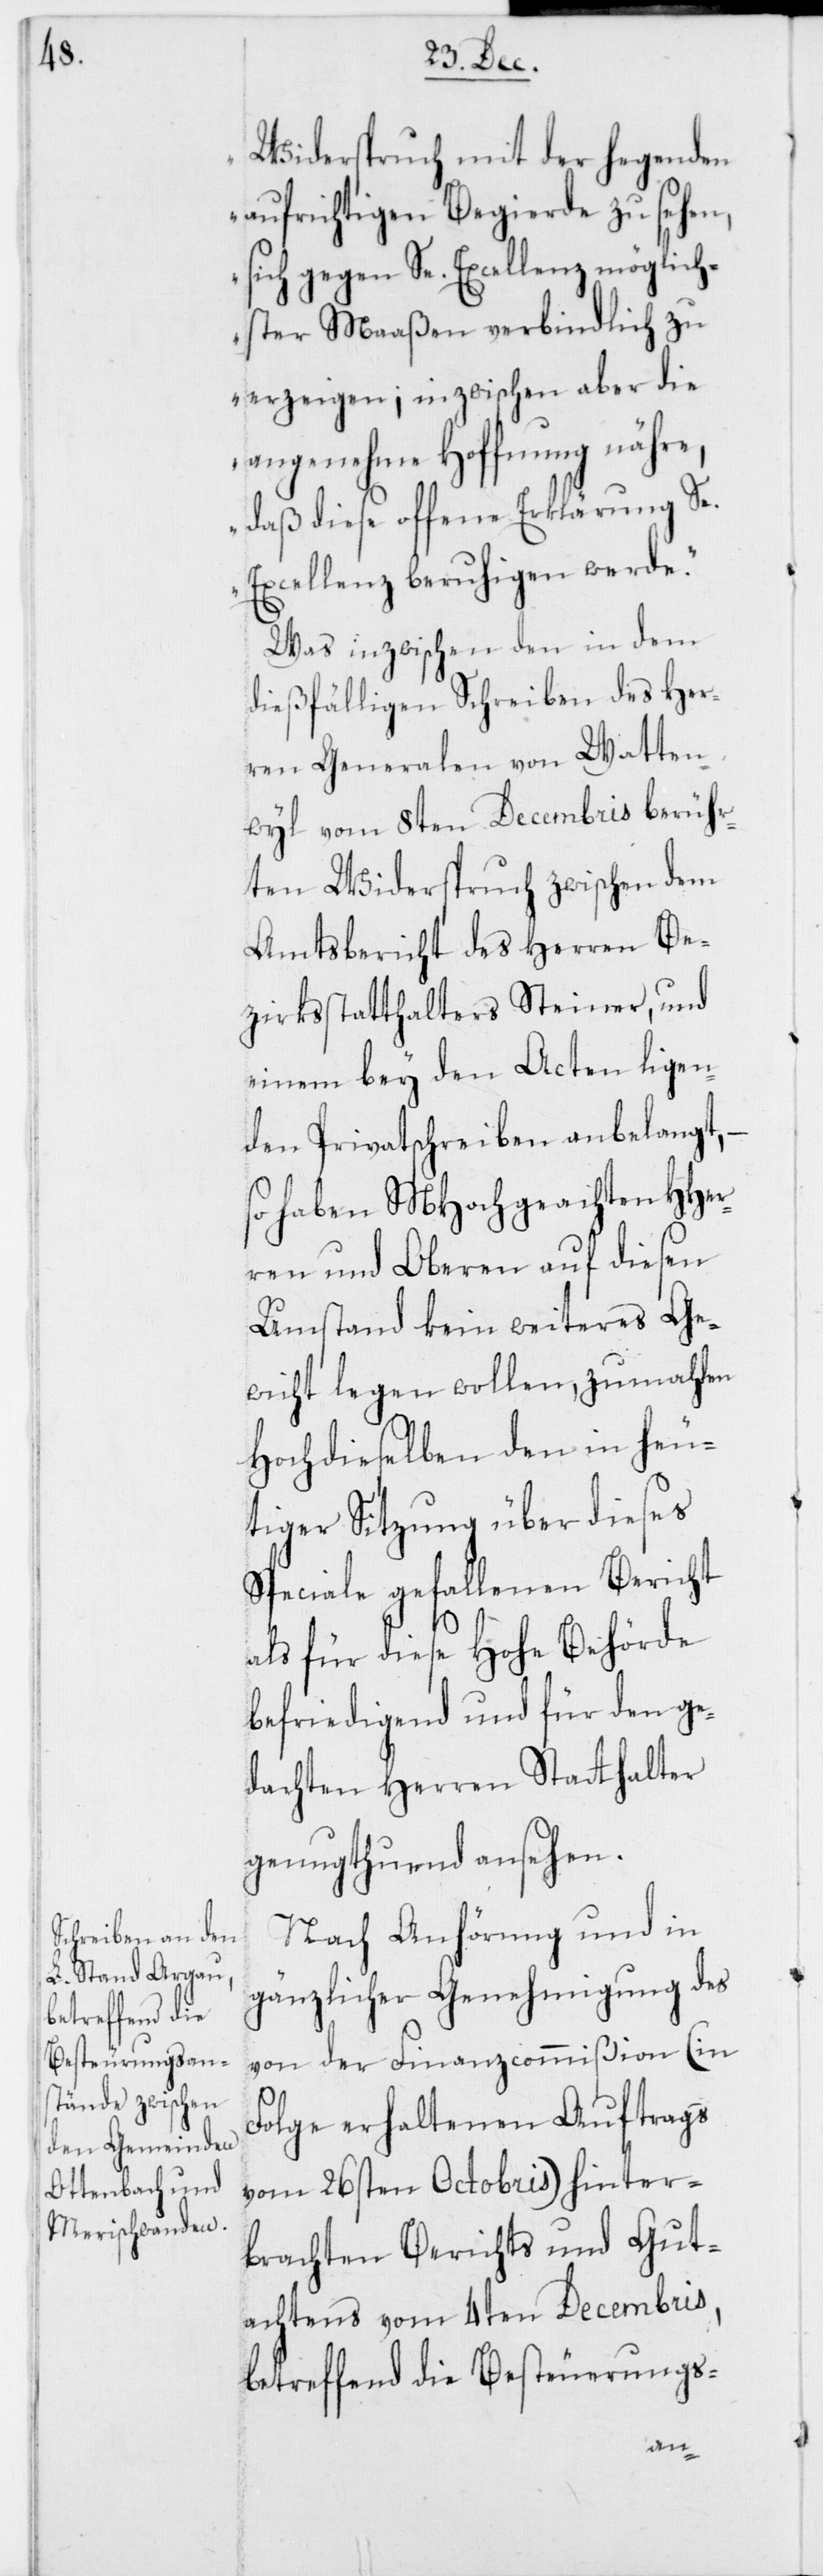
Widerspruch mit der hegenden
aufrichtigen Begierde zu sehen,
sich gegen Se. Excellenz möglich¬
ster Maaßen verbindlich zu
erzeigen; inzwischen aber die
angenehme Hoffnung nähre,
daß diese offene Erklärung Se.
Excellenz beruhigen werde.“
Was inzwischen den in dem
dießfälligen Schreiben des Her¬
ren Generalen von Watten¬
wyl vom 8ten Decembris berühr¬
ten Widerspruch zwischen dem
Amtsbericht des Herren Be¬
zirksstatthalters Steiner, und
einem bey den Acten ligen¬
den Privatschreiben anbelangt, –
so haben MHochgeachten HHer¬
ren und Oberen auf diesen
Umstand kein weiteres Ge¬
wicht legen wollen, zumahlen
Hochdieselben den in heu¬
tiger Sitzung über dieses
Speciale gefallenen Bericht
als für diese Hohe Behörde
befriedigend und für den ge¬
dachten Herren Statthalter
genugthuend ansehen.
Nach Anhörung und in
gänzlicher Genehmigung des
von der Finanzcommißion (in
Folge erhaltenen Auftrags
vom 26sten Octobris) hinter¬
brachten Berichts und Gut¬
achtens vom 4ten Decembris,
betreffend die Besteurungs-